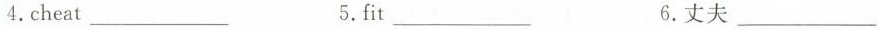
4.cheat___ 5.fit___ 6.丈夫___